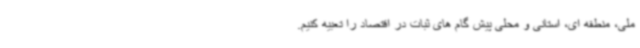
ملی، منطقه ای، استانی و محلی پیش گام های ثبات در اقتصاد را تعبیه کنیم.